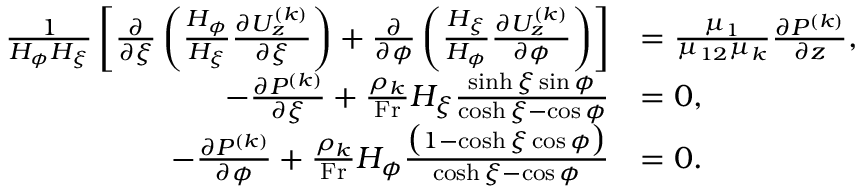
\begin{array} { r l } { \frac { 1 } { H _ { \phi } H _ { \xi } } \left[ \frac { \partial } { \partial \xi } \left( \frac { H _ { \phi } } { H _ { \xi } } \frac { \partial U _ { z } ^ { ( k ) } } { \partial \xi } \right) + \frac { \partial } { \partial \phi } \left( \frac { H _ { \xi } } { H _ { \phi } } \frac { \partial U _ { z } ^ { ( k ) } } { \partial \phi } \right) \right] } & { = \frac { \mu _ { 1 } } { \mu _ { 1 2 } \mu _ { k } } \frac { \partial P ^ { ( k ) } } { \partial z } , } \\ { - \frac { \partial P ^ { ( k ) } } { \partial \xi } + \frac { \rho _ { k } } { \mathrm { F r } } H _ { \xi } \frac { \sinh \xi \sin \phi } { \cosh \xi - \cos \phi } } & { = 0 , } \\ { - \frac { \partial P ^ { ( k ) } } { \partial \phi } + \frac { \rho _ { k } } { \mathrm { F r } } H _ { \phi } \frac { \bigl ( 1 - \cosh \xi \cos \phi \bigr ) } { \cosh \xi - \cos \phi } } & { = 0 . } \end{array}